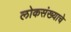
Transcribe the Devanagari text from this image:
लोकसंख्याचे